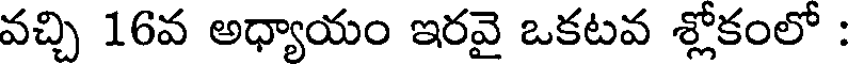
వచ్చి 16వ అధ్యాయం ఇరవై ఒకటవ శ్లోకంలో :